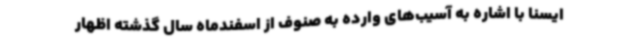
ایسنا با اشاره به آسیب‌های وارده به صنوف از اسفندماه سال گذشته اظهار